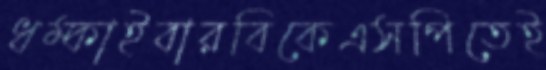
ধম্‌কাইবারবিকেএসপিতেই